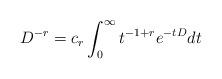
LaTeX: \begin{align*}D^{-r}=c_r\int_0^\infty t^{-1+r}e^{-tD}dt\end{align*}